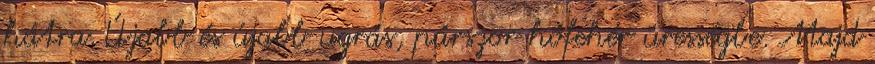
hátra. Újabb és újabb ugrás, párszor hófehér ürességbe. Majd